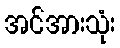
အင်အားသုံး